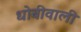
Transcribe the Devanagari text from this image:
धोबीवाली